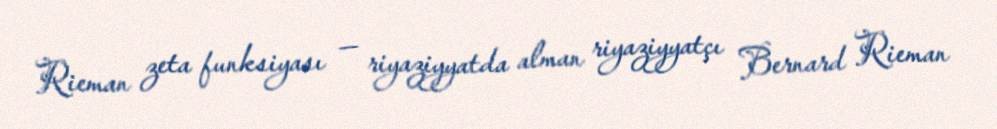
Rieman zeta funksiyası — riyaziyyatda alman riyaziyyatçı Bernard Rieman